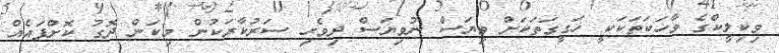
ވިކިލީކްގެ ވާހަކަތަކަކީ ހަގީގަތަކަށް ވިޔަސް ނުވިޔަސް ދިވެހި ސަރުކާރަކުން މިކަން ދޮގު ކޮށްފައެއް